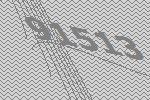
91513